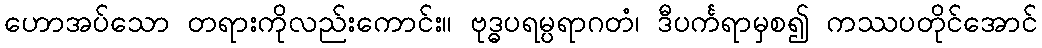
ဟောအပ်သော တရားကိုလည်းကောင်း။ ဗုဒ္ဓပရမ္ပရာဂတံ၊ ဒီပင်္ကရာမှစ၍ ကဿပတိုင်အောင်